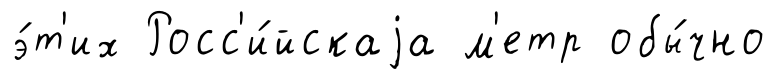
э́т'их Росс'и́йскаjа м'етр обы́чно